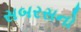
સબરસનો